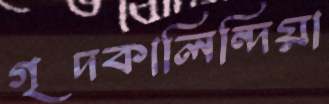
গৃদকালিন্দিয়া